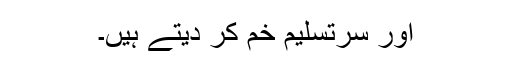
اور سرِتسلیم خم کر دیتے ہیں۔